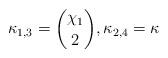
LaTeX: \begin{align*}\kappa_{1,3}={\chi_1 \choose 2}, \kappa_{2,4} =\kappa\end{align*}